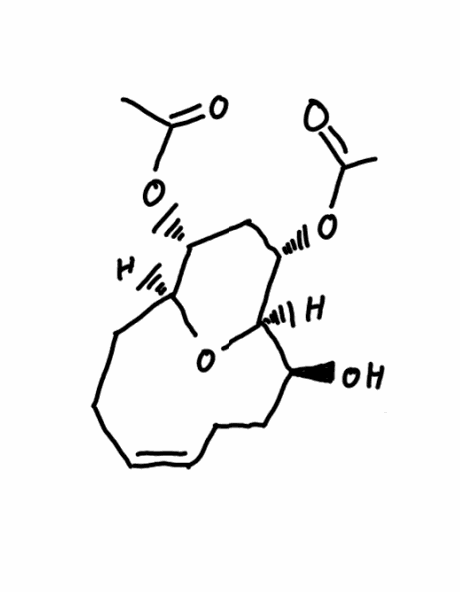
Simplified molecular-input line-entry system (SMILES) notation of the given molecule:
CC(=O)O[C@@H]1C[C@@H]([C@H]2[C@H](CC/C=C\CC[C@@H]1O2)O)OC(=O)C